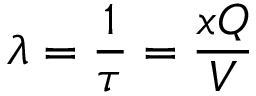
\lambda = \frac { 1 } { \tau } = \frac { x Q } { V }